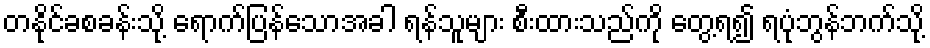
တနိုင်ခစခန်းသို့ ရောက်ပြန်သောအခါ ရန်သူများ စီးထားသည်ကို တွေ့ရ၍ ရပုံဘွန်ဘက်သို့